Veterinary regulations India, 1939 -
Year: 1939
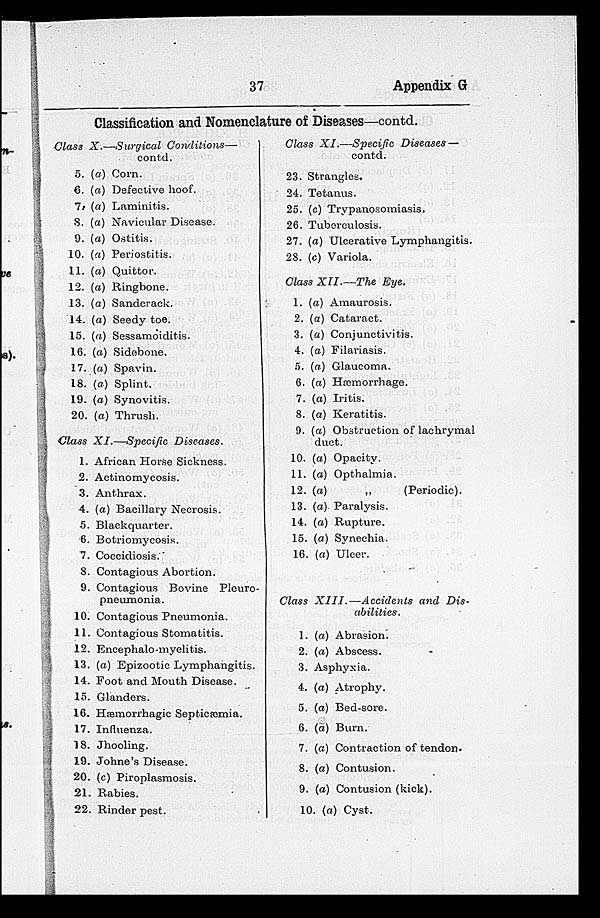
37
Appendix G
Classification and Nomenclature of Diseases—contd.
Class X.—Surgical
Conditions—
contd.
5. (a) Corn.
6. (a) Defective hoof.
7. (a) Laminitis.
8. (a) Navicular Disease.
9. (a) Ostitis.
10. (a) Periostitis.
11. (a) Quittor.
12. (a) Ringbone.
13. (a) Sandcrack.
14. (a) Seedy toe.
15. (a) Sessamoiditis.
16. (a) Sidebone.
17. (a) Spavin.
18. (a) Splint.
19. (a) Synovitis.
20. (a) Thrush.
Class XI.—Specific
Diseases.
1. African Horse Sickness.
2. Actinomycosis.
3. Anthrax.
4. (a) Bacillary Necrosis.
5. Blackquarter.
6. Botriomycosis.
7. Coccidiosis.
8. Contagious Abortion.
9. Contagious Bovine Pleuro-
pneumonia.
10. Contagious Pneumonia.
11. Contagious Stomatitis.
12. Encephalo-myelitis.
13. (a) Epizootic Lymphangitis.
14. Foot and Mouth Disease.
15. Glanders.
16. Hasmorrhagic Septicæmia.
17. Influenza.
18. Jhooling.
19. Johne's Disease.
20. (c) Piroplasmosis.
21. Rabies.
22. Rinder pest.
Class XI.—Specific
Diseases —
contd.
23. Strangles.
24. Tetanus.
25. (c) Trypanosomiasis.
26. Tuberculosis.
27. (a) Ulcerative Lymphangitis.
28. (c) Variola.
Class XII.—The
Eye.
1. (a) Amaurosis.
2. (a) Cataract.
3. (a) Conjunctivitis.
4. (a) Filariasis.
5. (a) Glaucoma.
6. (a) Hæmorrhage.
7. (a) Iritis.
8. (a) Keratitis.
9. (a) Obstruction of lachrymal
duct.
10. (a) Opacity.
11. (a) Opthalmia.
12. (a)
„
(Periodic).
13. (a) Paralysis.
14. (a) Rupture.
15. (a) Synechia.
16. (a) Ulcer.
Class XIII.—Accidents
and Dis-
abilities.
1. (a) Abrasion.
2. (a) Abscess.
3. Asphyxia.
4. (or) Atrophy.
5. (a) Bed-sore.
6. (a) Burn.
7. (a) Contraction of tendon.
8. (a) Contusion.
9. (a) Contusion (kick).
10. (a) Cyst.